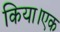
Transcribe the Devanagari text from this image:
किया।एक